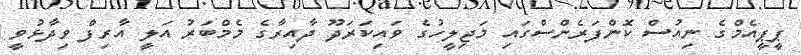
ޕީޕީއެމްގެ ނިއުސް ކޮންފަރެންސްގައި މަޖިލީހުގެ ވައިކަރަދޫ ދާއިރާގެ މެމްބަރު އަލީ އާރިފް ވިދާޅުވީ